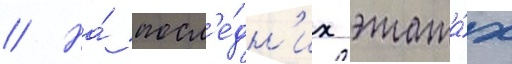
// На́ посл'е́дн'их этажа́х